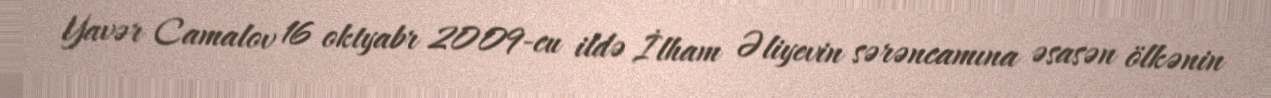
Yavər Camalov 16 oktyabr 2009-cu ildə İlham Əliyevin sərəncamına əsasən ölkənin